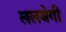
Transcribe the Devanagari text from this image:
ललबेगी